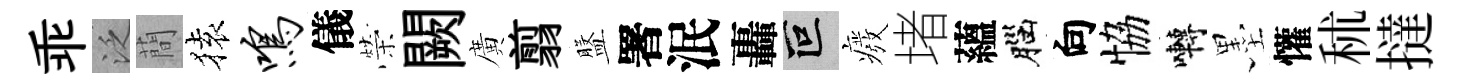
乖泛蕳𫞤鸣儀榮闕廣翦盤署泯轟叵癈堵蘊腦向恊囀墨懽秫撻